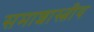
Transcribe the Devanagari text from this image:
समाशास्त्रीय